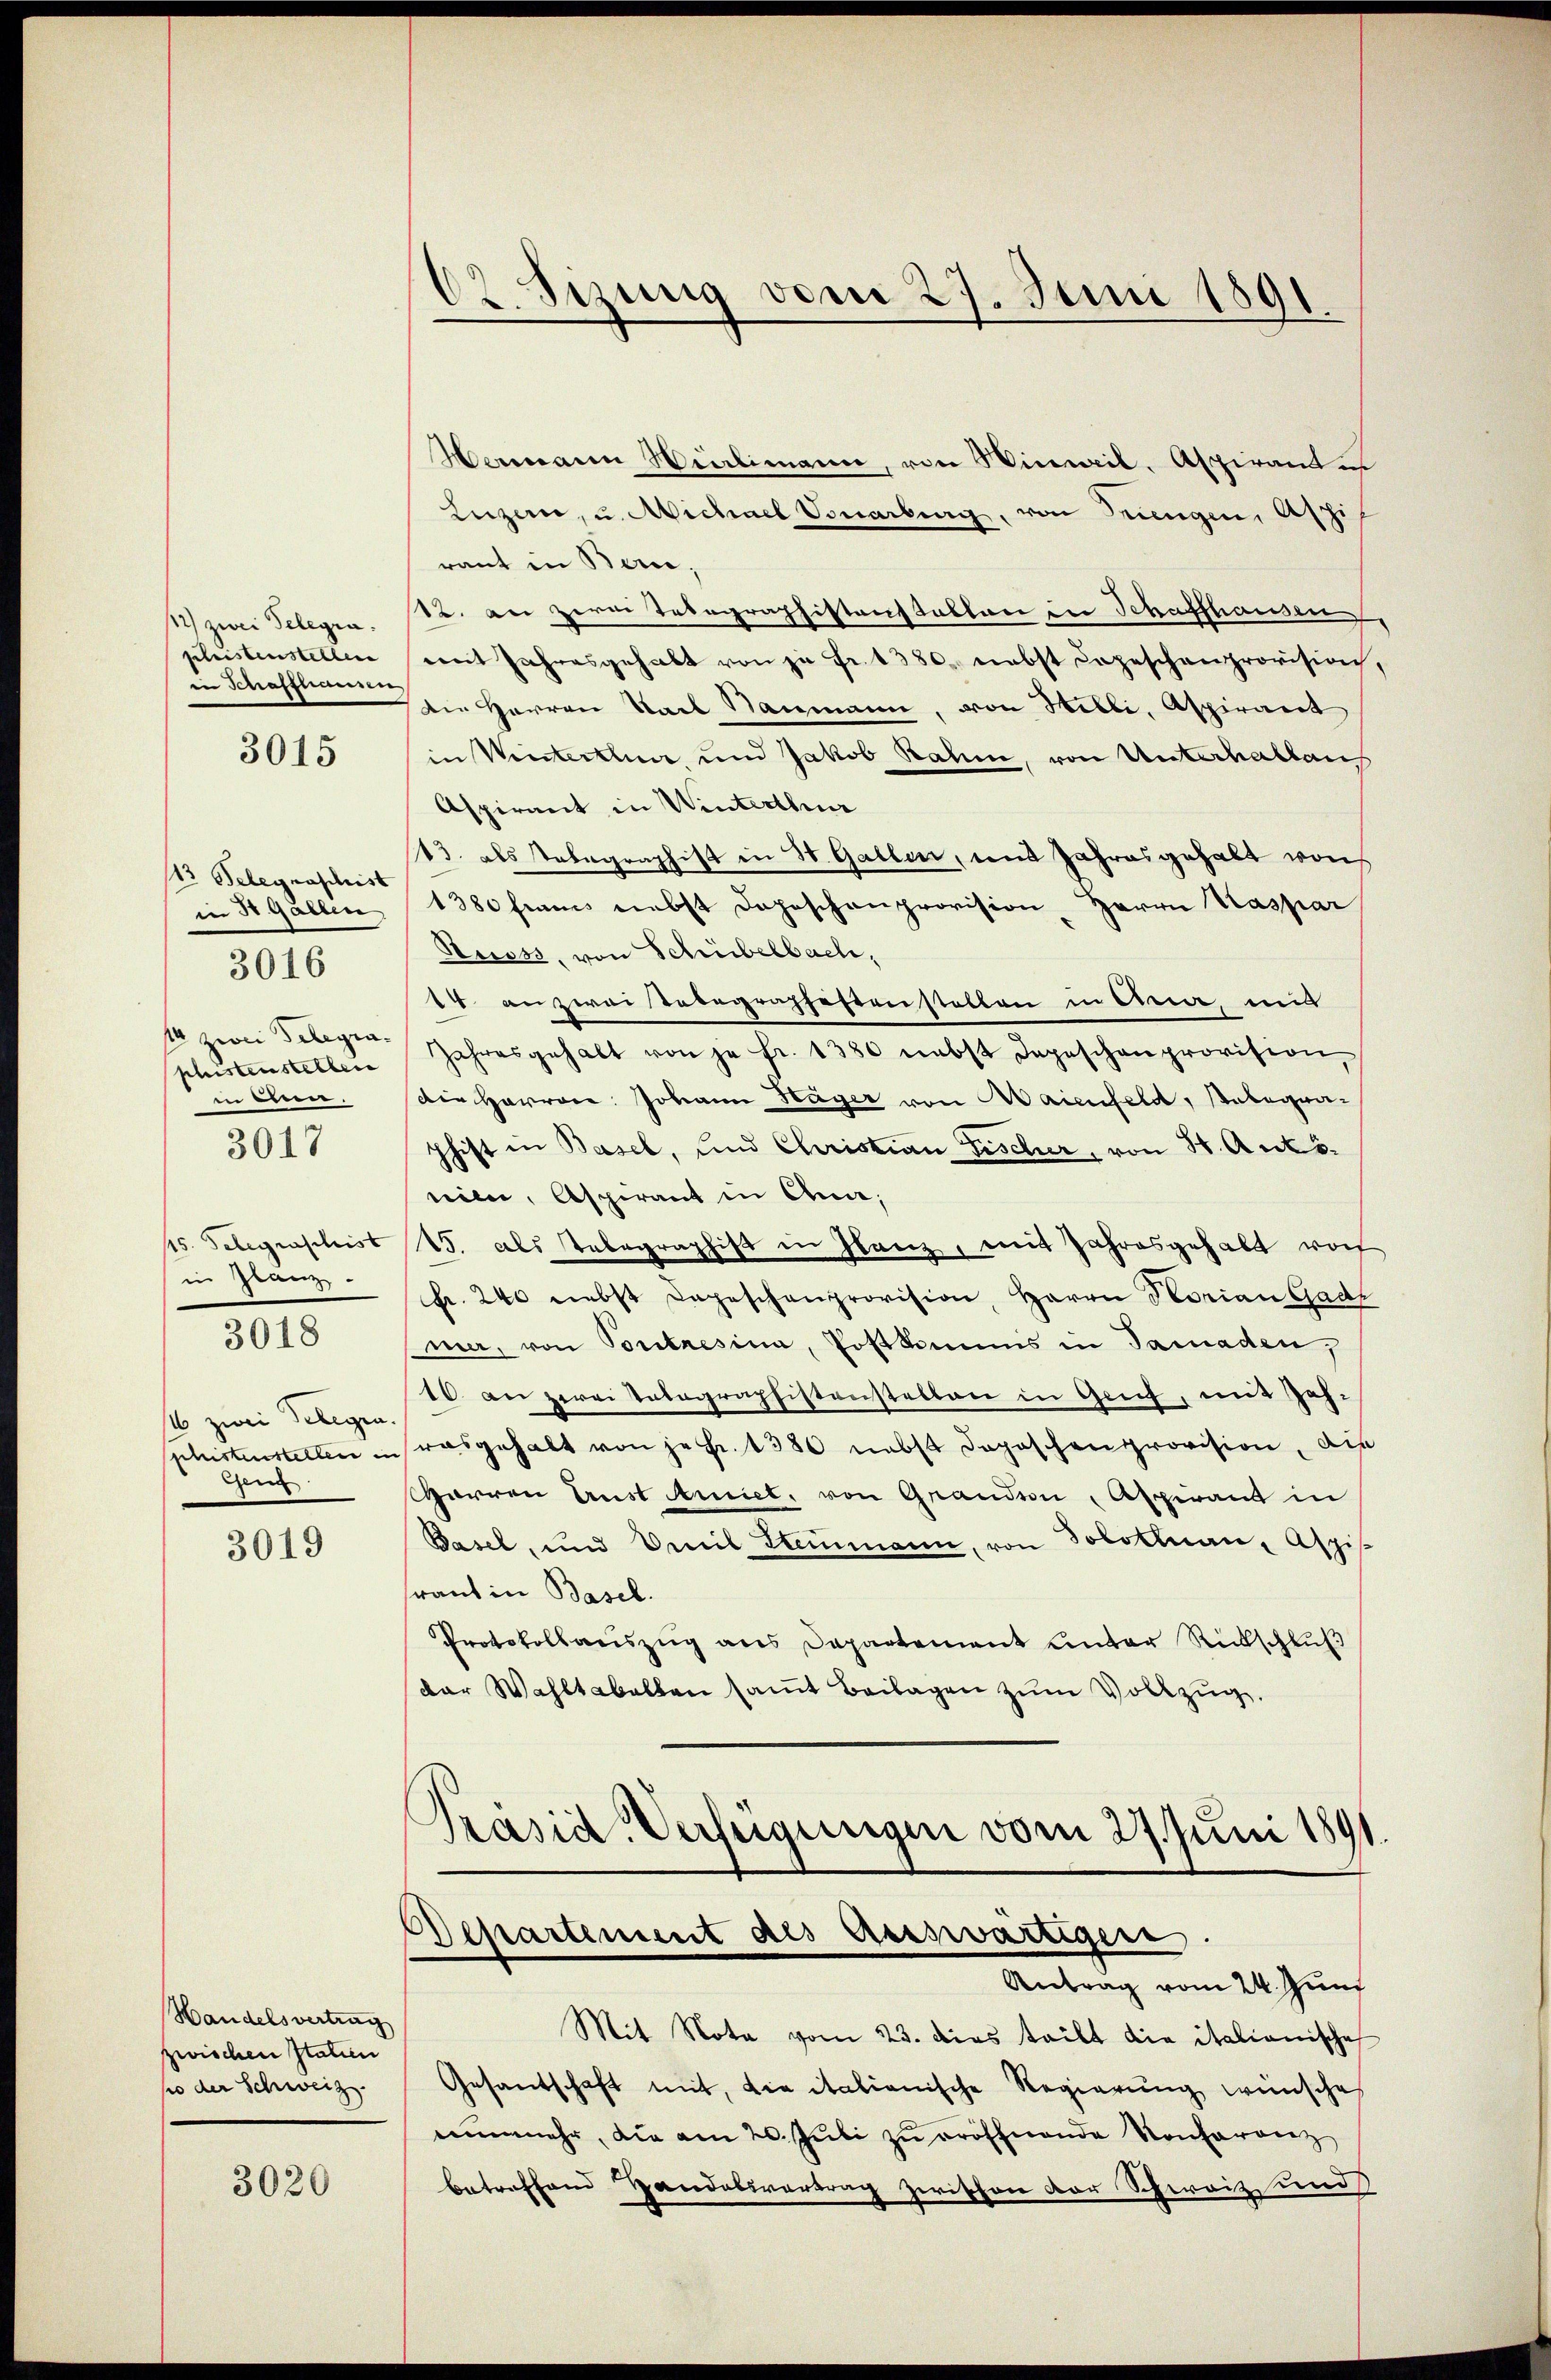
12) zwei Telegra
phustenstellen
in Schaffhausen

3015

13 Telegraschist
in St. Gallen,
phustenstellen
in einen.
in Glanz
3018
11 zwei Gelegen.
Gen

3016

3017

3019

Handelsvertrag
zwischen Italien
so der Schweiz.

3020

Wermann Vielmann, von Hinweil, Aspirante
Luzern, u. Michael Vorarberg, von Tungen, Assi
raut in Bern,
12. Der Herrn Tabographistanstallari in Schaffhausen
mit Jahresgehabt von zu Fr. 1380. nebst Depeschenprovision,
die Herren Stadt Raumann, von Willi, Aspirant
in Winterthur und Jakob Rahm, von Unterhalten
Aspirant in Winterthur
13. als abegraphist in W. Gallen, und Jahresgehalt von
1380 franz nebst Depeschenprovision Herrn Kaspar
Auess, von Schübelbach,
14 an zwei Tobegraphestenstellen in Cra, mit
1 zwei Gelegen Jahresgehalt von je fr. 1380 nebst Depeschenprovision,
die Harrone: Johann Häger von Maienfeld, Palegnaphist in Basel, und Christian Fischer, von H. Antonim, Aspirant in Ana;
/5. Telegraschist 25. Als Telegraphist in Glanz, mit Jahresgehalt wor
Fr. 240 nebst Depeschenprovision, Herrn Horian Gade
mer, von Portresina, Postkommis in Paraden,
10. an zwei Valagraphistenstellen in Genf, mit Zahphistenstellen ins rasgehalt von jehr. 1380 nebst doposchenprovision, die
Harren Anst Amict, von Grandson Aspirant in
Basel, und Omnil Stammann, von Tobottnau, Aspis
Frant in Basel.
Protokollauszug aus Departement unter Rückschlŭβ
dar Wahltabellen saṁt Beilagen zŭm Vollzug.
Präsid Vertigungen vom 27. Juni 1891
Departement des Aesswärtiger.
Antrag vom 24. Juni
Mit Nota vom 23. dies teilt die italionische
Gesantschaft mit, die italienische Regierung wünsches
enŭnmehr, die am 20. Jŭli zŭ eröffnende Konferenz
betreffend Handelsvertrag zwischen der Schweiz und

d
O. sizung vom 27. Juni 1891